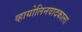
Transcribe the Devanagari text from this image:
व्हायोलिनवादकाला